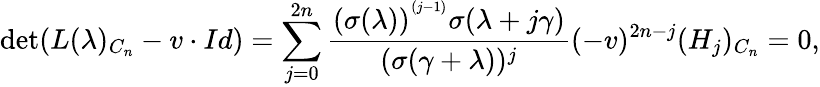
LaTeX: \operatorname*{det}(L(\lambda)_{C_{n}}-v\cdot Id)=\sum_{j=0}^{2n}\frac{(\sigma(\lambda))^{^{(j-1)}}\sigma(\lambda+j\gamma)}{(\sigma(\gamma+\lambda))^{j}}(-v)^{2n-j}(H_{j})_{C_{n}}=0,